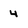
Character: 4